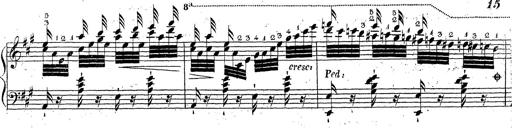
Title: Grande fantaisie sur la tyrolienne de l'opÃ©ra
Composer: Franz Liszt
Key: A major